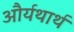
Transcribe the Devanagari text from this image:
और्यथार्थ